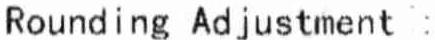
ROUNDING ADJUSTMENT :